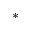
*